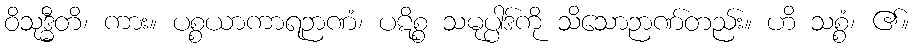
ဝိသုဒ္ဓီတိ၊ ကား။ ပစ္စယာကာရဉာဏံ၊ ပဋိစ္စ သမုပ္ပါဒ်ကို သိသောဉာဏ်တည်း။ ဟိ သစ္စံ၊ ၏။